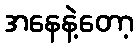
အနေနဲ့တော့